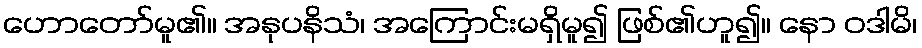
ဟောတော်မူ၏။ အနုပနိသံ၊ အကြောင်းမရှိမူ၍ ဖြစ်၏ဟူ၍။ နော ဝဒါမိ၊